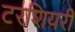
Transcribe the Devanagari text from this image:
टरशियरी